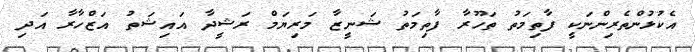
އެކުޅުންތެރިންނަކީ ފާތިމަތު ތަހޫރާ ފާތިމަތު ޝަނީޒާ މަރިޔަމް ރަޝީދާ އައިޝަތު އަޒްހާރާ އަދި